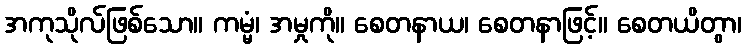
အကုသိုလ်ဖြစ်သော။ ကမ္မံ၊ အမှုကို။ စေတနာယ၊ စေတနာဖြင့်။ စေတယိတွာ၊